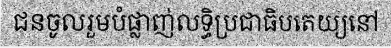
ជនចូលរួមបំផ្លាញ់លទ្ធិប្រជាធិបតេយ្យនៅ